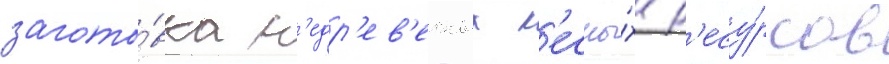
загото́вка н'едр'ев'есных л'есны́х р'есу́рсов